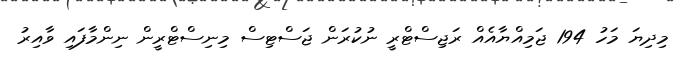
މިދިޔަ މަހު 194 ޖަމިއްޔާއެއް ރަޖިސްޓްރީ ނުކުރަން ޖަސްޓިސް މިނިސްޓްރީން ނިންމާފައި ވާއިރު